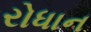
રોધાન